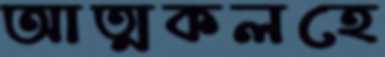
আত্মকলহে